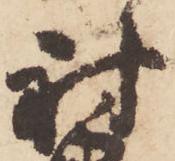
討